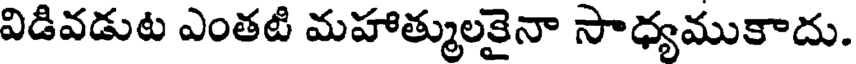
విడివడుట ఎంతటి మహాత్ములకైనా సాధ్యముకాదు.